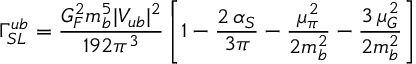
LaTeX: \Gamma _ { S L } ^ { u b } = \frac { G _ { F } ^ { 2 } m _ { b } ^ { 5 } | V _ { u b } | ^ { 2 } } { 1 9 2 \pi ^ { 3 } } \left[ 1 - \frac { 2 \, \alpha _ { S } } { 3 \pi } - \frac { \mu _ { \pi } ^ { 2 } } { 2 m _ { b } ^ { 2 } } - \frac { 3 \, \mu _ { G } ^ { 2 } } { 2 m _ { b } ^ { 2 } } \right]